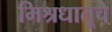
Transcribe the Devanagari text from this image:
मिश्रधातूचे